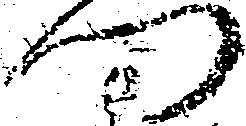
門